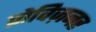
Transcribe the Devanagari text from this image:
प्रोविज़नर